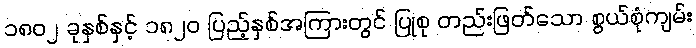
၁၈၀၂ ခုနှစ်နှင့် ၁၈၂၀ ပြည့်နှစ်အကြားတွင် ပြုစု တည်းဖြတ်သော စွယ်စုံကျမ်း